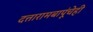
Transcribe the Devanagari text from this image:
दत्तारामबापूंचेही